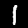
Label: 1